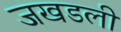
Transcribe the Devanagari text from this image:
जखडली